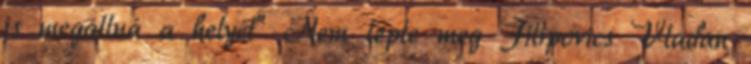
is megállná a helyét” Nem lepte meg Filipovics Vladan